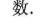
数.